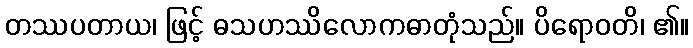
တဿပတာယ၊ ဖြင့် ဓသဟဿိလောကဓာတုံသည်။ ပိရောဝတိ၊ ၏။